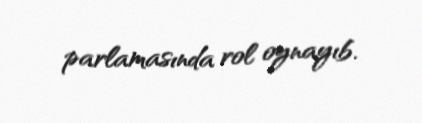
parlamasında rol oynayıb.